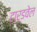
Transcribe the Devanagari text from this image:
टार्डवेल